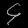
Digit: ၄